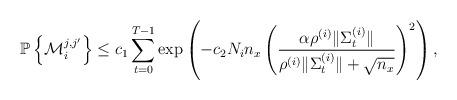
LaTeX: \begin{align*}\mathbb{P}\left\{\mathcal{M}_i^{j, j^{\prime}}\right\}\leq c_1 \sum_{t=0}^{T-1} \exp\left(-c_2 N_in_x \left(\frac{\alpha \rho^{(i)} \|\Sigma^{(i)}_t\|}{\rho^{(i)}\|\Sigma^{(i)}_t\| + \sqrt{n_x} }\right)^2\right),\end{align*}